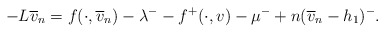
\begin{align*}-L\overline{v}_{n}=f(\cdot,\overline{v}_{n})-\lambda^{-}-f^{+}(\cdot,v)-\mu^{-}+n(\overline{v}_{n}-h_{1})^{-}.\end{align*}